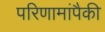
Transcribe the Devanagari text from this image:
परिणामांपैकी